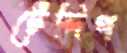
টেলিপ